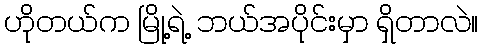
ဟိုတယ်က မြို့ရဲ့ ဘယ်အပိုင်းမှာ ရှိတာလဲ။